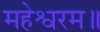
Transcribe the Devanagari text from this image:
महेश्वरम॥